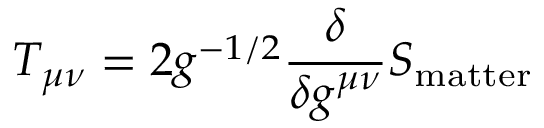
T _ { \mu \nu } = 2 g ^ { - 1 / 2 } \frac { \delta } { \delta g ^ { \mu \nu } } S _ { \mathrm { m a t t e r } }